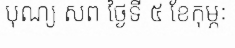
បុណ្យ សព ថ្ងៃទី ៥ ខែកុម្ភៈ